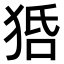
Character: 𤞳